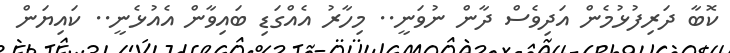
ކޮބާ ދަރިފުޅުމެން އަދިވެސް ދާން ނުވަނީ.. މިހާރު އެއްގަޑި ބައިވާން އެއުޅެނީ.. ކައިޔަން